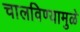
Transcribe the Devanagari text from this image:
चालविण्यामुळे